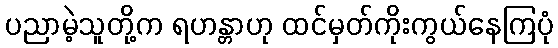
ပညာမဲ့သူတို့က ရဟန္တာဟု ထင်မှတ်ကိုးကွယ်နေကြပုံ